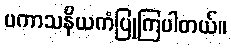
ပကာသနိယကံပြုကြပါတယ်။